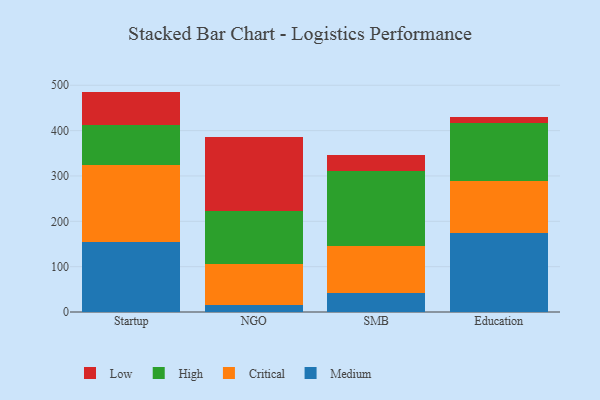
{"axis": {"x": "Segment", "y": "Demand Index"}, "legend": ["Critical", "High", "Low", "Medium"], "data": [{"x": "Startup", "y": 154.4, "type": "Medium"}, {"x": "Startup", "y": 169.8, "type": "Critical"}, {"x": "Startup", "y": 87.7, "type": "High"}, {"x": "Startup", "y": 74.1, "type": "Low"}, {"x": "NGO", "y": 15.6, "type": "Medium"}, {"x": "NGO", "y": 90.2, "type": "Critical"}, {"x": "NGO", "y": 117.2, "type": "High"}, {"x": "NGO", "y": 163.3, "type": "Low"}, {"x": "SMB", "y": 42.0, "type": "Medium"}, {"x": "SMB", "y": 102.7, "type": "Critical"}, {"x": "SMB", "y": 166.9, "type": "High"}, {"x": "SMB", "y": 35.4, "type": "Low"}, {"x": "Education", "y": 174.7, "type": "Medium"}, {"x": "Education", "y": 113.6, "type": "Critical"}, {"x": "Education", "y": 127.6, "type": "High"}, {"x": "Education", "y": 13.1, "type": "Low"}]}